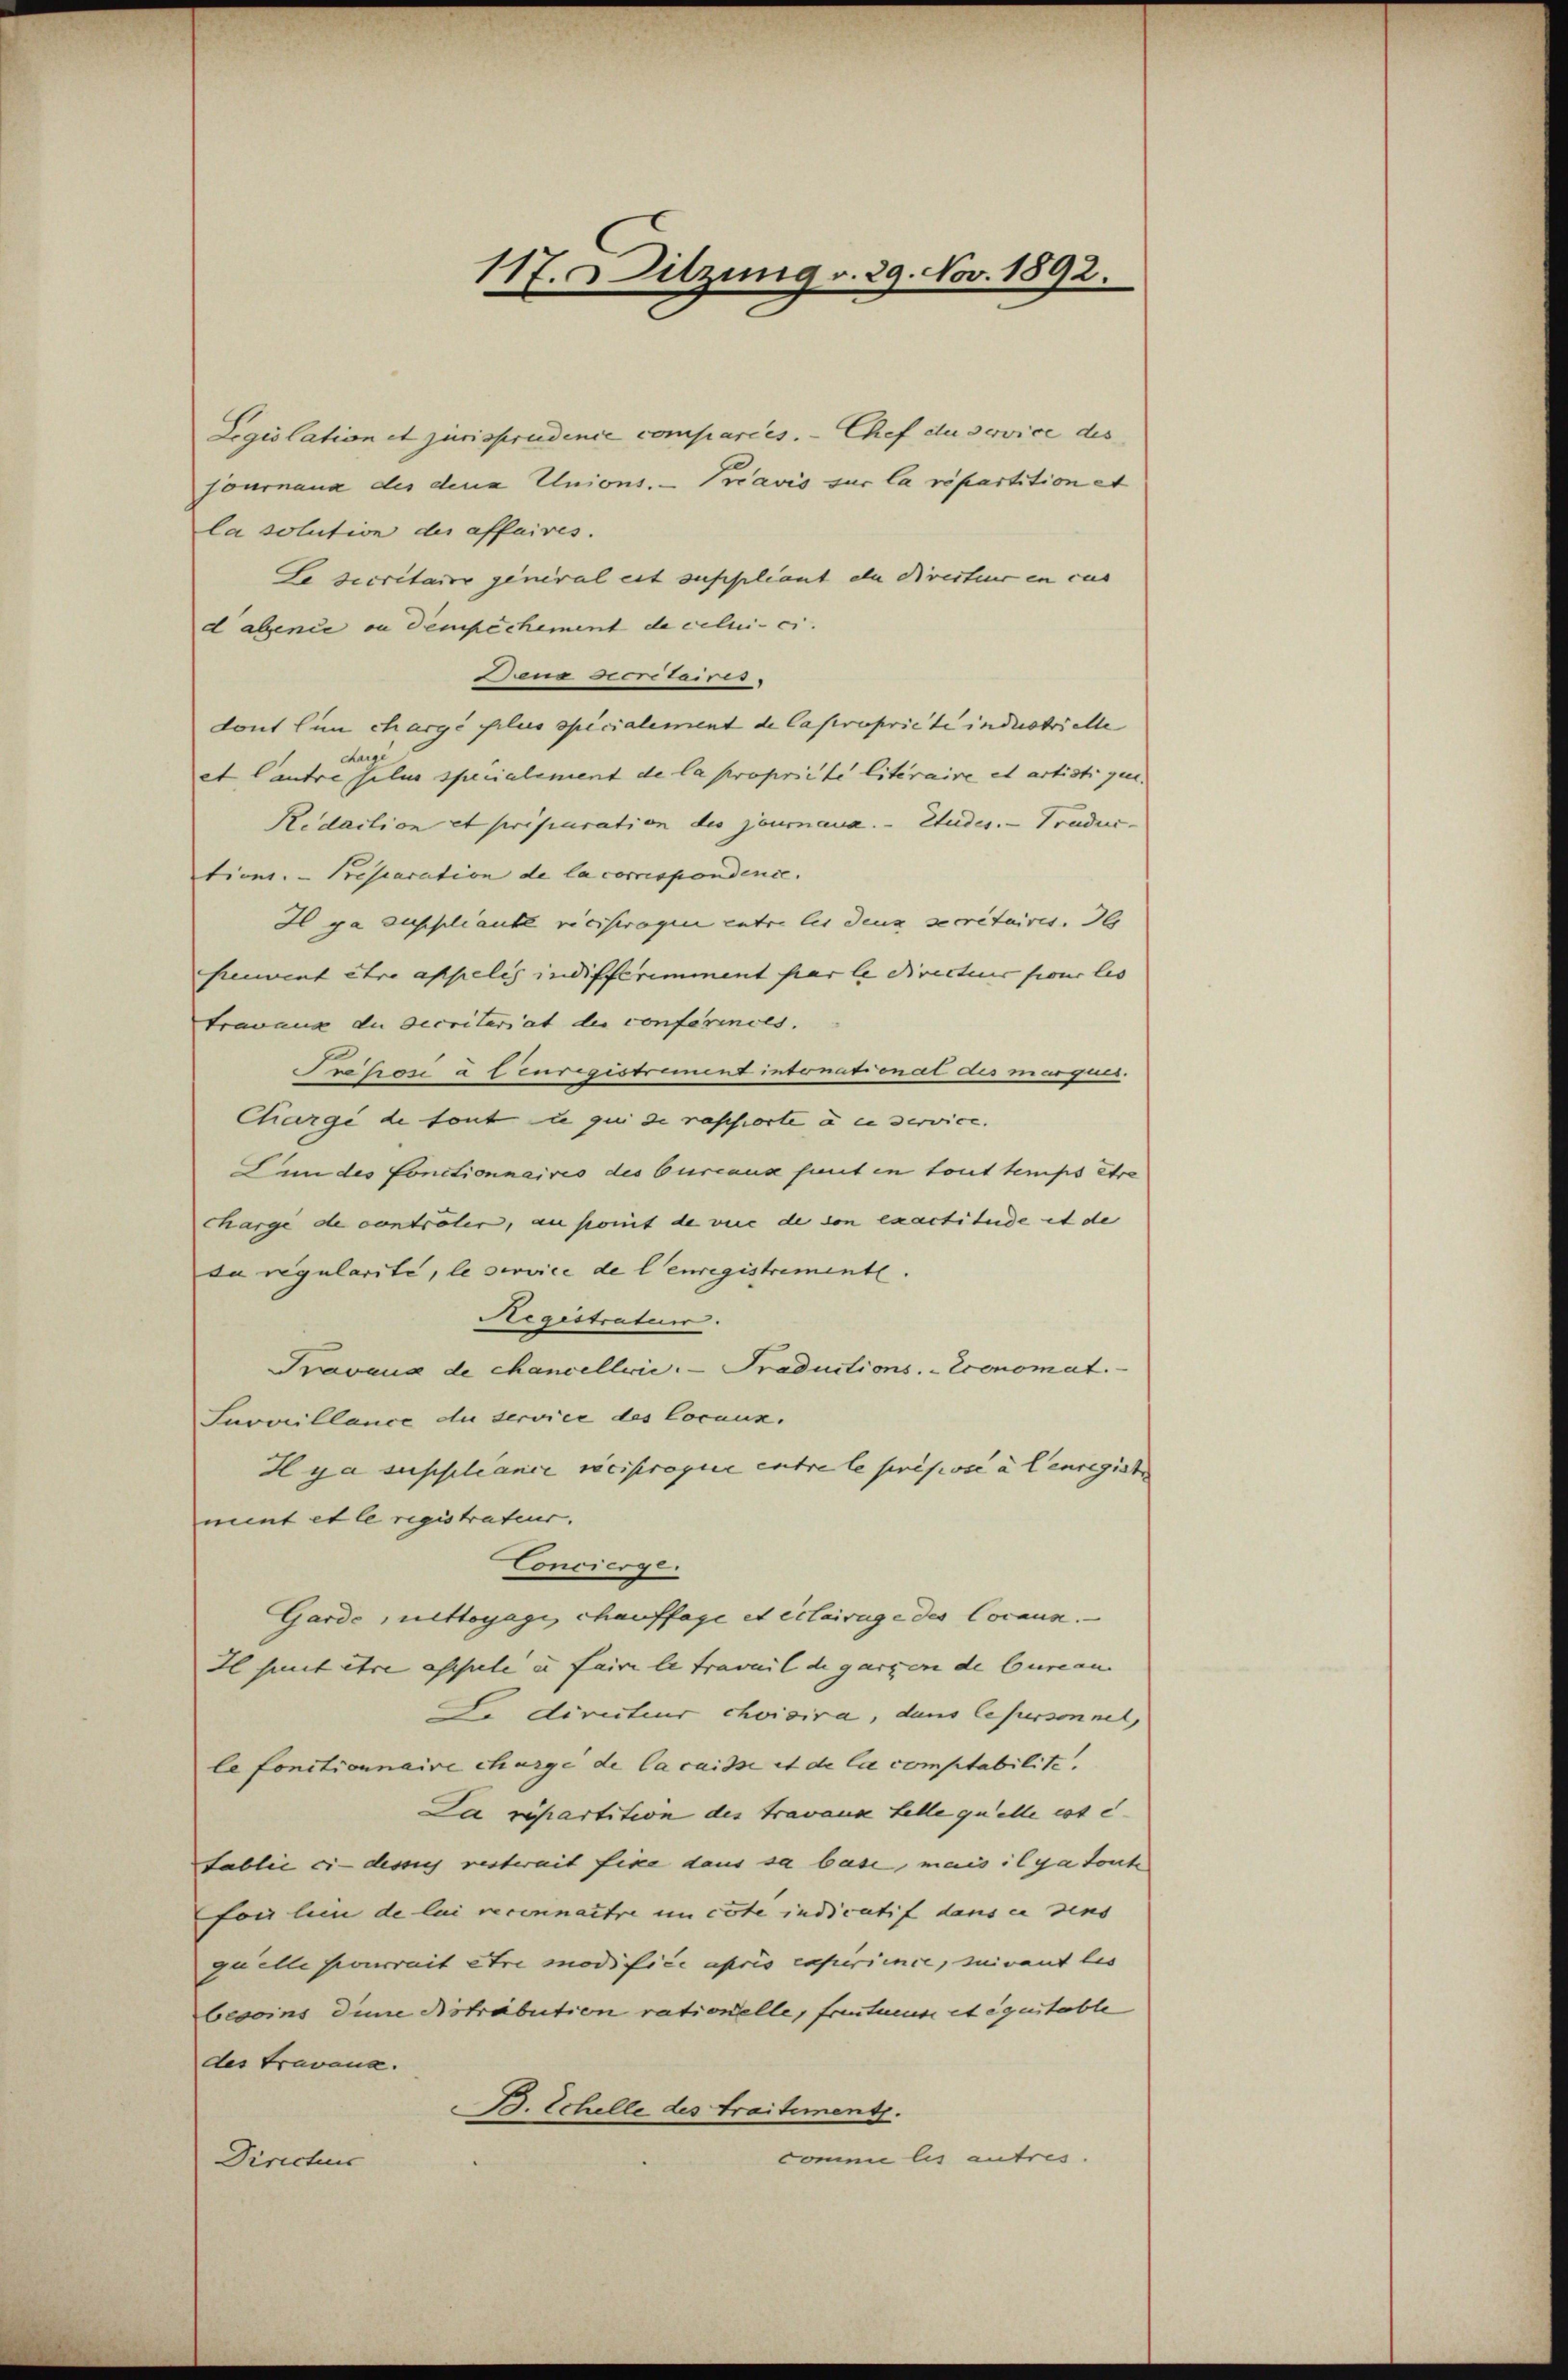
117. Sitzung v. 29. Nov. 1892.

Legislation et jurisprudence compariés. — Chef du service des
journaux des dena Unions. — Pocavis sur la répartition et
la solution der affaires.
se decretaire general est supplicant der Directeur en cas
d absence in dempichement de celui-ci.
Dena Secretaires.
dont hin chargé plus specialement de Capropriete industrielle
charge
et lautre silus specialement de la propriété literaire et artistigen.
Redaction et priparation des jourana. - Etudes. - Trudur-
tient. Prescaration de la correspondence.
Il ja ausscliante vierstragen entre les denn secretaires.
Ceuvent être appelis indifferimment par le Directeur four les
travaux du decritariat der conferinces.
Prison à leurigistriment intonationat des margnes.
Chargé de tout u qui de raschiorte u in service.
Lun des Conctionnaires des Curcana faut in tout temps être
charge de controler, an somit de vere de von exactitude it de
da regularite, le service de l’enregistrementl.
Registratur.
Travaux de chancellwić: Traductions-Economat
Suvvillance du servier des Cocaux.
Hya suppléance réciproque entre le présisse à lenregiste
mint et le registrateur.
Concierge.
Garde, nettoyagi, chauffage et eclarage des Coraus.
Il sunt etce assele u. faire le travail die garzen de Cureau
F. Directeur choisira, dans lepersonnel,
le fonctionnaire charge de la caisse et de la comptabilite.
La repartition des Travance felle quelle ist e
Sablie ci-dessich resterait fice dans sa base, mais il ya toute
fon lein de lui reconnaître in cote indicatif dans in dens
quelle pourrait etri modifice apris experience, suivant les
besoins die Distrabution rationelle, freutende et eguitable
des travana.
B. Echelle des traitement.
comme les autres.
Directus